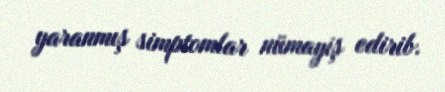
yaranmış simptomlar nümayiş edirib.